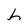
Character: h